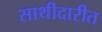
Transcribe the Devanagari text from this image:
साथीदारीत